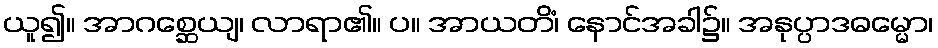
ယူ၍။ အာဂစ္ဆေယျ၊ လာရာ၏။ ပ။ အာယတိံ၊ နောင်အခါ၌။ အနုပ္ပာဒဓမ္မော၊